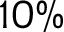
1 0 \%